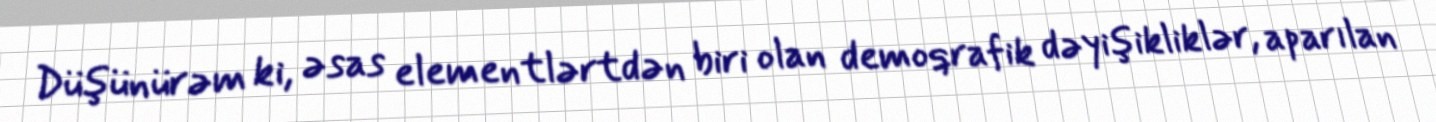
Düşünürəm ki, əsas elementlərtdən biri olan demoqrafik dəyişikliklər, aparılan